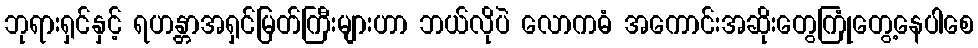
ဘုရားရှင်နှင့် ရဟန္တာအရှင်မြတ်ကြီးများဟာ ဘယ်လိုပဲ လောကဓံ အကောင်းအဆိုးတွေကြုံတွေ့နေပါစေ